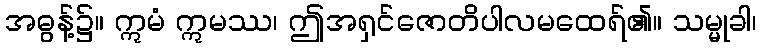
အဓွန့်၌။ ဣမံ ဣမဿ၊ ဤအရှင်ဇောတိပါလမထေရ်၏။ သမ္မုခါ၊